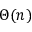
\Theta ( n )